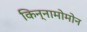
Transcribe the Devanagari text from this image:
किन्नामोमोन